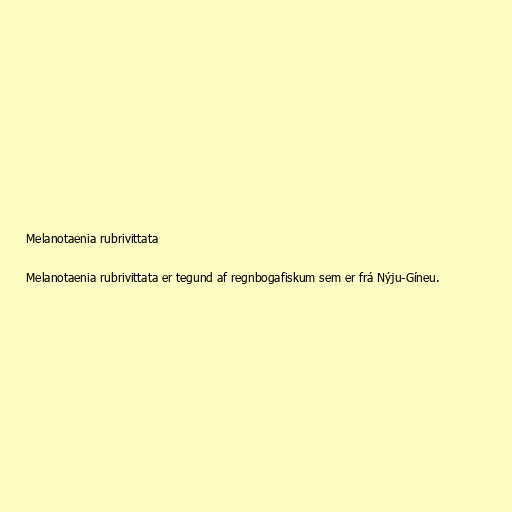
Melanotaenia rubrivittata

Melanotaenia rubrivittata er tegund af regnbogafiskum sem er frá Nýju-Gíneu.